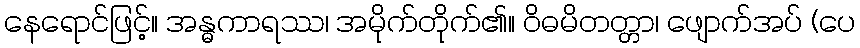
နေရောင်ဖြင့်။ အန္ဓကာရဿ၊ အမိုက်တိုက်၏။ ဝိဓမိတတ္တာ၊ ဖျောက်အပ် (ပေ